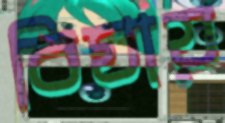
বিঘায়